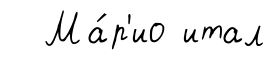
Ма́р'ио итал